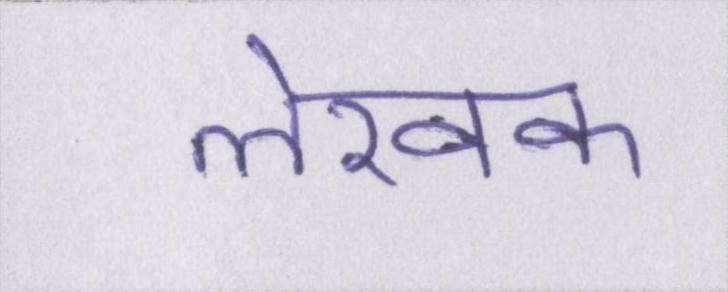
लेखक